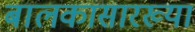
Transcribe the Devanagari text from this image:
बालकासारख्या